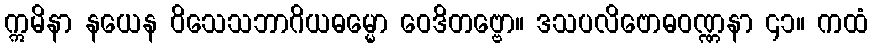
ဣမိနာ နယေန ဝိသေသဘာဂိယဓမ္မော ဝေဒိတဗ္ဗော။ ဒသပလိဗောဓဝဏ္ဏနာ ၄၁။ ကထံ